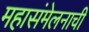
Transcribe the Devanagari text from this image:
महासंमेलनाची